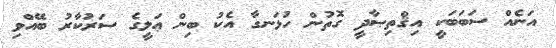
އަނެއް ސަބަބަކީ އިޤްތިޞާދީ ގޮތުން ހުޅަނގާ އެކު ބިން ޢަލީގެ ސަރުކާރު ބޭއްވި